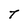
Character: T